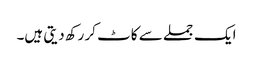
ایک جملے سے کاٹ کر رکھ دیتی ہیں۔